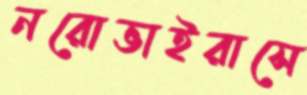
নরোভাইরাসে